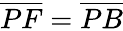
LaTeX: {\overline{{PF}}}={\overline{{PB}}}